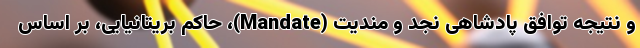
و نتیجه توافق پادشاهی نجد و مندیت (Mandate)، حاکم بریتانیایی، بر اساس